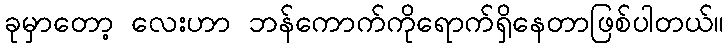
ခုမှာတော့ လေးဟာ ဘန်ကောက်ကိုရောက်ရှိနေတာဖြစ်ပါတယ်။